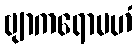
ဗျာကရောမဟံ